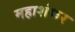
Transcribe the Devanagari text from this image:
महाशंकर